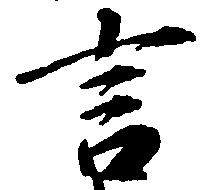
言